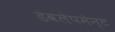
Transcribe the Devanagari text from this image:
डेवलेपमेन्ट